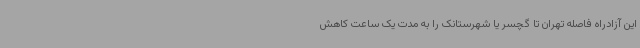
این آزادراه فاصله تهران تا گچسر یا شهرستانک را به مدت یک ساعت کاهش